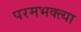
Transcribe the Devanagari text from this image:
परमभक्त्या